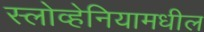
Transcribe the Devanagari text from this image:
स्लोव्हेनियामधील